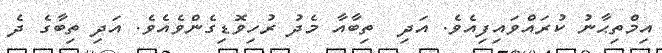
އިމްތިޙާނު ކުރައްވައިފިއެވެ. އަދި  ތިބާއާ މެދު ރުހިވޮޑިގެންވެއެވެ. އަދި ތިބާގެ ދެ